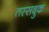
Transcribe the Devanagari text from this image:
तस्सदुक